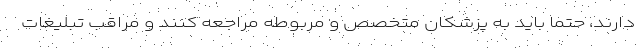
دارند، حتما باید به پزشکان متخصص و مربوطه مراجعه کنند و مراقب تبلیغات